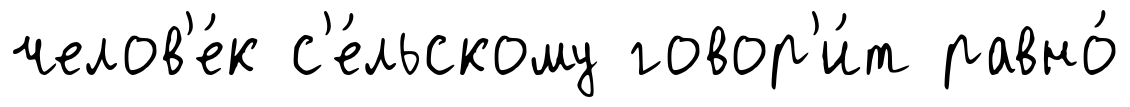
челов'е́к с'е́льскому говор'и́т равно́